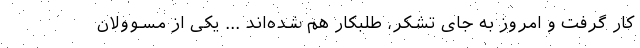
کار گرفت و امروز به جای تشکر، طلبکار هم شده‌اند ... یکی از مسوولان